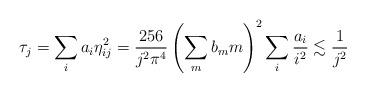
LaTeX: \begin{align*}\tau_j = \sum_i a_i \eta_{ij}^2 = \frac{256}{j^2\pi^4} \left(\sum_m b_m m \right)^2\sum_i\frac{a_i}{i^2} \lesssim \frac{1}{j^2}\end{align*}